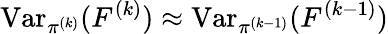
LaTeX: \operatorname{Var}_{\pi^{(k)}}(F^{(k)})\approx\operatorname{Var}_{\pi^{(k-1)}}(F^{(k-1)})